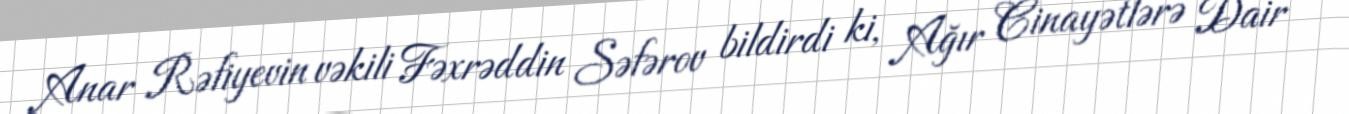
Anar Rəfiyevin vəkili Fəxrəddin Səfərov bildirdi ki, Ağır Cinayətlərə Dair